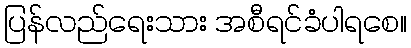
ပြန်လည်ရေးသား အစီရင်ခံပါရစေ။